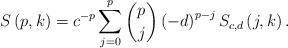
LaTeX: \begin{align*}S\left( p,k\right) =c^{-p}\sum_{j=0}^{p}\binom{p}{j}\left( -d\right)^{p-j}S_{c,d}\left( j,k\right) . \end{align*}